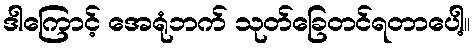
ဒါကြောင့် အေရုံဘက် သုတ်ခြေတင်ရတာပေါ့။